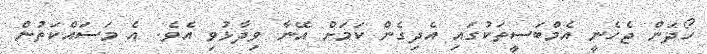
ހޯދަން ޖެހެނީ އެމްބަސީތަކުގައި އެދިގެން ކަމަށް އޭނާ ވިދާޅުވި އެވެ. އެ މަސައްކަތުން